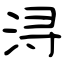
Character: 浔